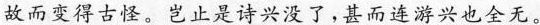
故而变得古怪。岂止是诗兴没了，甚而连游兴全无。